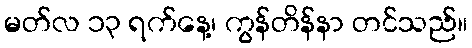
မတ်လ ၁၃ ရက်နေ့၊ ကွန်တိန်နာ တင်သည်။